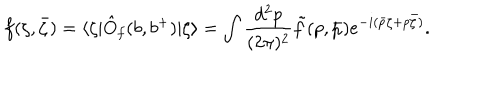
f ( \zeta , { \bar { \zeta } } ) = \langle \zeta | \hat { O } _ { f } ( b , b ^ { + } ) | \zeta \rangle = \int { \frac { d ^ { 2 } p } { ( 2 \pi ) ^ { 2 } } } \tilde { f } ( p , { \bar { p } } ) e ^ { - i ( \bar { p } \zeta + p \bar { \zeta } ) } .